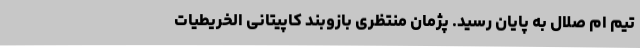
تیم ام صلال به پایان رسید. پژمان منتظری بازوبند کاپیتانی الخریطیات